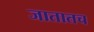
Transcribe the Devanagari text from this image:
जातातच